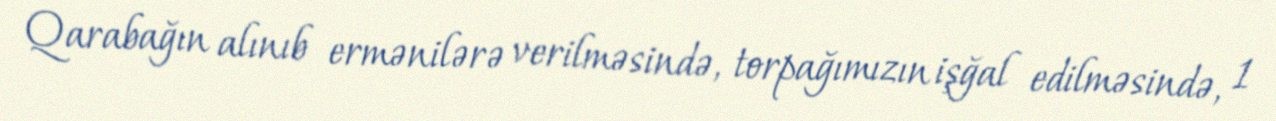
Qarabağın alınıb ermənilərə verilməsində, torpağımızın işğal edilməsində, 1